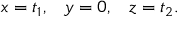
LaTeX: x = t _ { 1 } , \; \; \; y = 0 , \; \; \; z = t _ { 2 } .